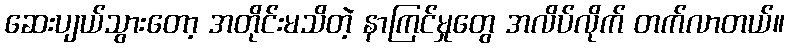
ဆေးပျယ်သွားတော့ အတိုင်းမသိတဲ့ နာကြင်မှုတွေ အလိပ်လိုက် တက်လာတယ်။